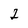
Character: 2